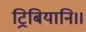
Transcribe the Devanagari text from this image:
ट्रिबियानि।।